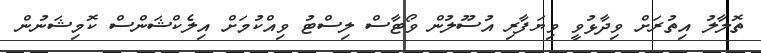
ތޮލާލު އިތުރަށް ވިދާޅުވީ ވިޔަފާރި އުސޫލުން ވޯޓާސް ލިސްޓު ވިއްކުމަށް އިލެކްޝަންސް ކޮމިޝަނުން